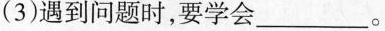
(3)遇到问题时，要学会___。